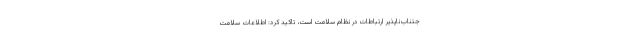
جتناب‌ناپذیر ارتباطات در نظام سلامت است، تاکید کرد: اطلاعات سلامت